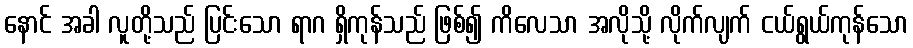
နောင် အခါ လူတို့သည် ပြင်းသော ရာဂ ရှိကုန်သည် ဖြစ်၍ ကိလေသာ အလိုသို့ လိုက်လျက် ငယ်ရွယ်ကုန်သော